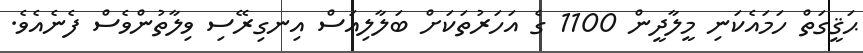
ޙަޤީގަތް ހަމައެކަނި މީލާދީން 1100 ގެ އަހަރުތަކަށް ބަލާލިއަސް އިނގިރޭސި ވިލާތުންވެސް ފެނެއެވެ.